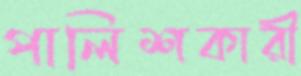
পালিশকারী